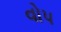
વોપ